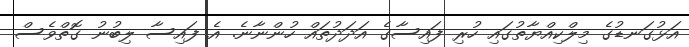
އަޅުގަނޑުގެ މިލްކިއްޔާތުގައި ހުރި ފައިސާގެ އަދަދުތައް ހުންނާނެ. އެ ފައިސާ ލިބުނު ގޮތްވެސް